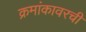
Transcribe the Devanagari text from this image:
क्रमांकावरची